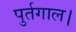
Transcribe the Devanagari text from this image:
पुर्तगाल।